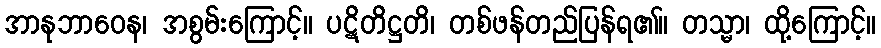
အာနုဘာဝေန၊ အစွမ်းကြောင့်။ ပဋိတိဋ္ဌတိ၊ တစ်ဖန်တည်ပြန်ရ၏။ တသ္မာ၊ ထို့ကြောင့်။